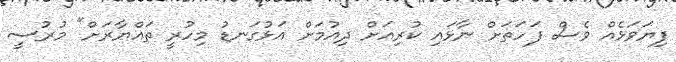
ފިޔަވަޅެއް ވެސް ފަހަތަށް ނާޅައި ކުރިއަށް ދިއުމަށް އަޅުގަނޑު މިހުރީ ތައްޔާރަށް" މުރުސީ